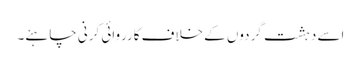
اسے دہشت گردوں کے خلاف کارروائی کرنی چاہئے۔